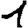
Digit: 1